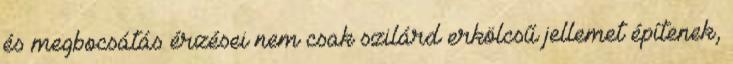
és megbocsátás érzései nem csak szilárd erkölcsű jellemet építenek,